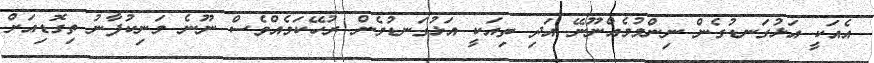
އެއަކީ އަޅުގަނޑުގެން ނިންމުމެއްނޫނޭ އަދި ތިއަކީ އަޅުގަނޑުމެން ރުހޭކަމެއްވެސް ނޫނެ މަނިކުފާނު ތިގޮޑިއަށް